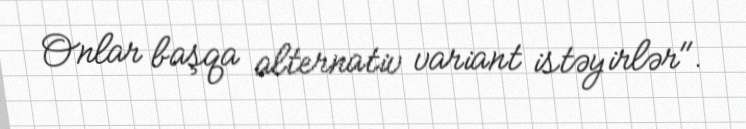
Onlar başqa alternativ variant istəyirlər".